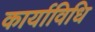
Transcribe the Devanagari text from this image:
कार्याविधि